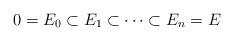
LaTeX: \begin{align*}0=E_0 \subset E_1 \subset \cdots \subset E_n=E\end{align*}